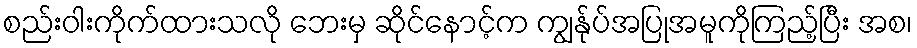
စည်းဝါးကိုက်ထားသလို ဘေးမှ ဆိုင်နောင့်က ကျွန်ုပ်အပြုအမူကိုကြည့်ပြီး အစ၊